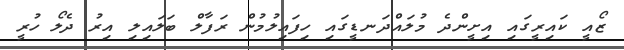
ޒޯއީ ކައިރީގައި އިށީންދެ މުލައްދަނޑީގައި ހިފައިލުމުން ރަފާލް ބަލައިލި އިރު ދެލޯ ހުރީ